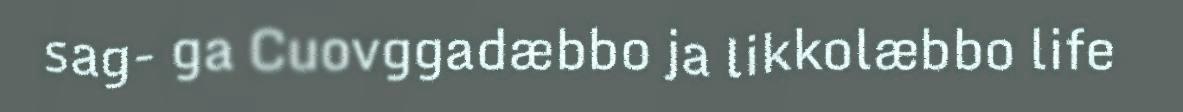
sag- ga Cuovggadæbbo ja likkolæbbo life